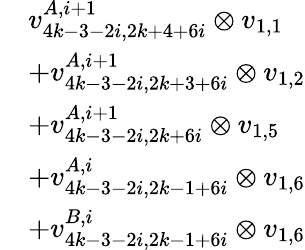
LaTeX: \begin{array}{rl}&{v_{4k-3-2i,2k+4+6i}^{A,i+1}\otimes v_{1,1}}\\ &{+v_{4k-3-2i,2k+3+6i}^{A,i+1}\otimes v_{1,2}}\\ &{+v_{4k-3-2i,2k+6i}^{A,i+1}\otimes v_{1,5}}\\ &{+v_{4k-3-2i,2k-1+6i}^{A,i}\otimes v_{1,6}}\\ &{+v_{4k-3-2i,2k-1+6i}^{B,i}\otimes v_{1,6}}\end{array}